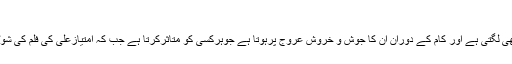
فوٹو: فائل
نوشکا شرما نے کہا کہ شاہ رخ خان کے ساتھ گپ شپ بہت اچھی لگتی ہے اور کام کے دوران ان کا جوش و خروش عروج پرہوتا ہے جوہرکسی کو متاثرکرتا ہے جب کہ امتیازعلی کی فلم کی شوٹنگ کے دوران بھی سپراسٹارکے ساتھ کام کرکے بہت مزہ آیا۔